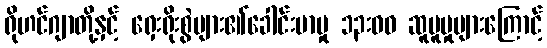
ရိုဟင်ဂျာတို့နှင့် ရှေးရိုးစွဲများ၏ခေါင်းမာမှု ၁၃းဝဝ ဆူပူမှုများကြောင့်